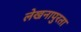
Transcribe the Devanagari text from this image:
लेखनापुरता